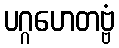
ပဂ္ဂဟေတဗ္ဗံ